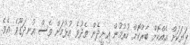
ފަޔަކަށް އެއްކޮށް ބާރުކޮށް ހުރުމުން އިށީދެން ތެދުވެ އުޅުމަށް ވެސް އުނދަގޫވެ އެވެ.